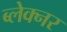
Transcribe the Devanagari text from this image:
ब्लेक्नर